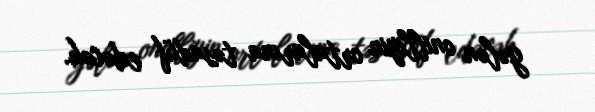
gələn onilliyin ortalarına təsadüf edəcək.